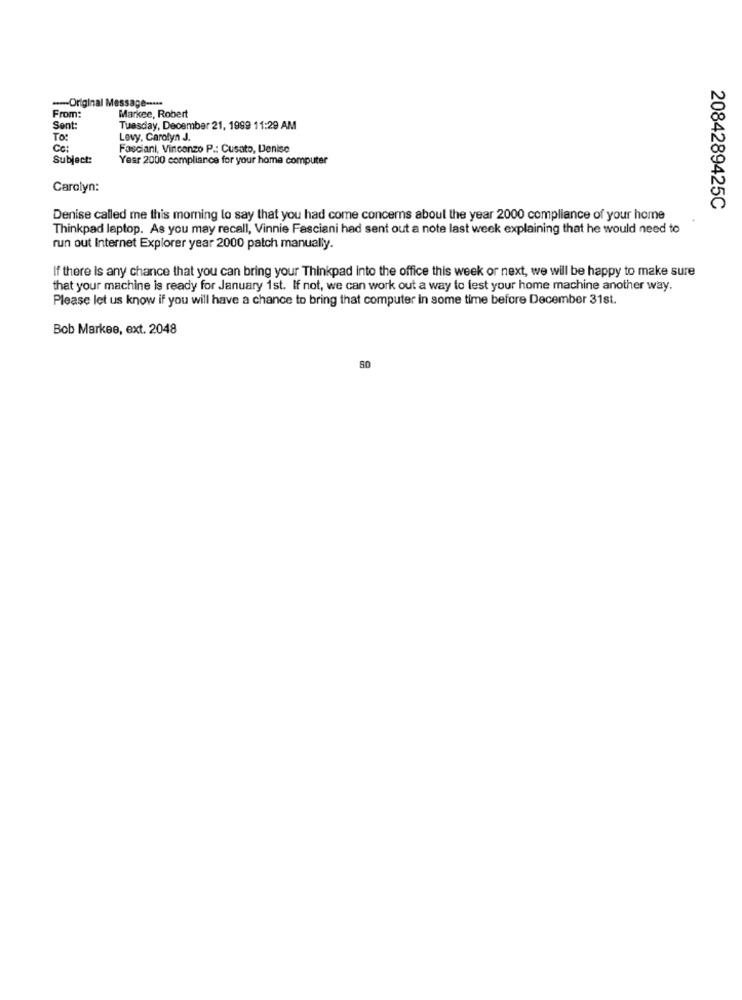
-- Original Message -....
From:
Markee, Robert
Sent:
Tuesday, December 21, 1999 11:29 AM
To:
Levy, Carolyn J.
Ce:
Fasciani, Vincenzo P .: Cusato, Denise
Subject:
Year 2000 compliance for your home computer
Carolyn:
2084289425C
Denise called me this morning lo say that you had come concerns about the year 2000 compliance of your home
Thinkpad laptop. As you may recall, Vinnie Fasciani had sent out a note last week explaining that he would need to
run out Internet Explorer year 2000 patch manually.
If there is any chance that you can bring your Thinkpad into the office this week or next, we will be happy to make sure
that your machine is ready for January 1st. If not, we can work out a way to fest your home machine another way.
Please let us know if you will have a chance to bring that computer in some time before December 31st.
Bob Markee, ext. 2048
80